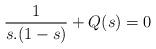
LaTeX: \begin{align*}\frac{1}{s.(1-s)}+Q(s)=0\end{align*}